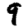
Digit: 9